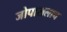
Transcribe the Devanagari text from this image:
जोपासलाच